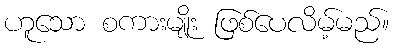
ဟူသော စကားမျိုး ဖြစ်ပေလိမ့်မည်။